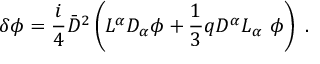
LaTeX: \delta \phi = \frac { i } { 4 } { \bar { D } } ^ { 2 } \left( L ^ { \alpha } D _ { \alpha } \phi + \frac { 1 } { 3 } q D ^ { \alpha } L _ { \alpha } \ \phi \right) \ .